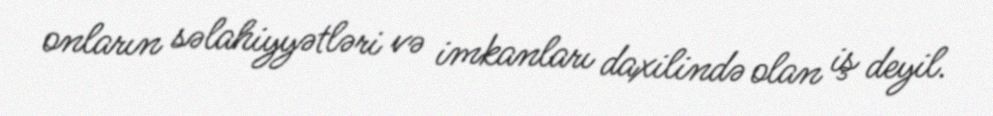
onların səlahiyyətləri və imkanları daxilində olan iş deyil.